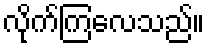
လိုက်ကြလေသည်။